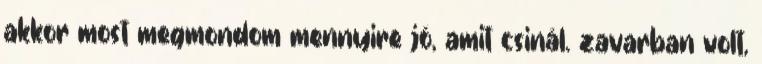
akkor most megmondom mennyire jó, amit csinál. zavarban volt,